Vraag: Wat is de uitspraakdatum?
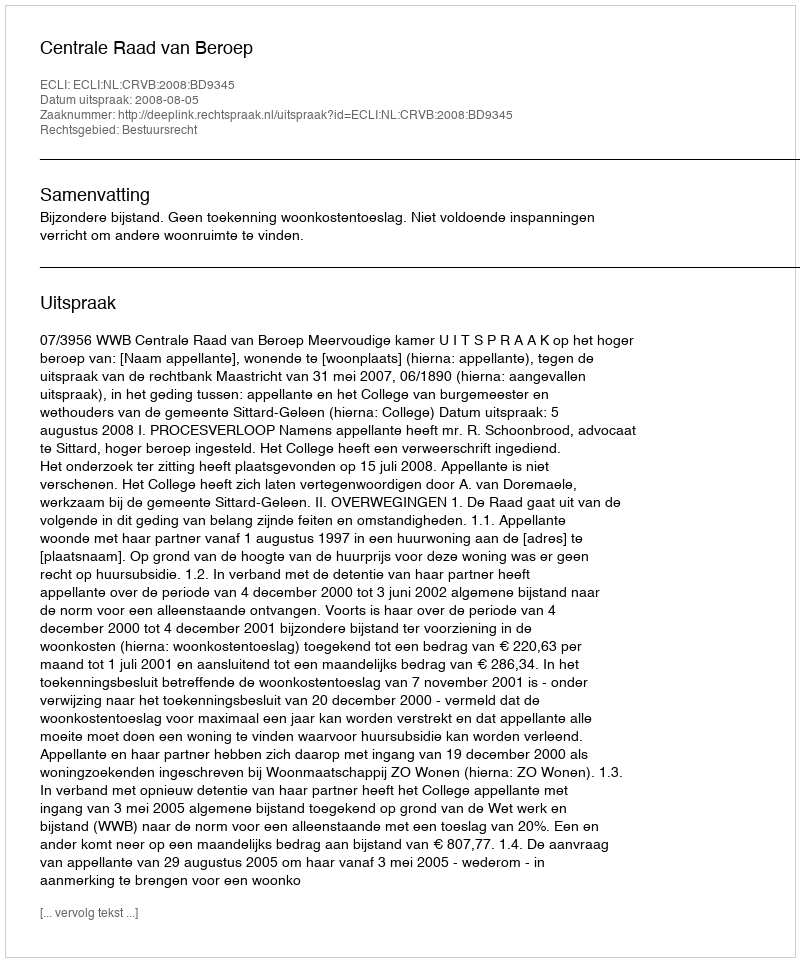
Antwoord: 2008-08-05